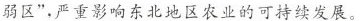
弱区”，严重影响东北地区农业的可持续发展。